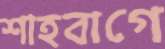
শাহবাগে